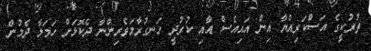
ތުރުކީގެ އަސްކަރިއްޔާ އިން އައިއެސް އާއި ކުރުދީ ހަނގުރާމަވެރިންނާ ދެކޮޅަށް ހަމަލާ ދެމުން